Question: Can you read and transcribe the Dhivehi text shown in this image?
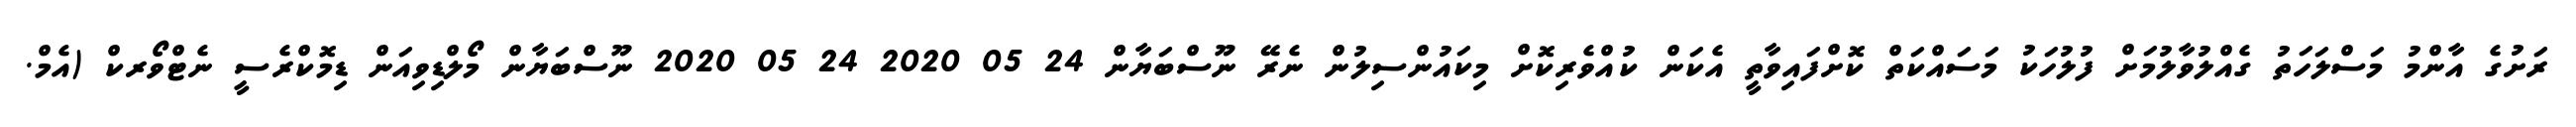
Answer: ރަށުގެ އާންމު މަސްލަހަތު ގެއްލުވާލުމަށް ފުލުހަކު މަސައްކަތް ކޮށްފައިވާތީ އެކަން ކުއްވެރިކޮށް މިކައުންސިލުން ނެރޭ ނޫސްބަޔާން 24 05 2020 24 05 2020 ނޫސްބަޔާން މޯލްޑިވިއަން ޑިމޮކްރެސީ ނެޓްވޯރކް (އެމް.